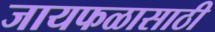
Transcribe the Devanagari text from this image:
जायफळासाठी